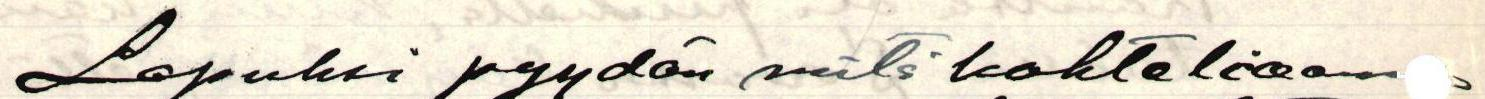
Lopuksi pyydän vielä kohteliaam